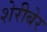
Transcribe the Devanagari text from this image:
शेरीबेर